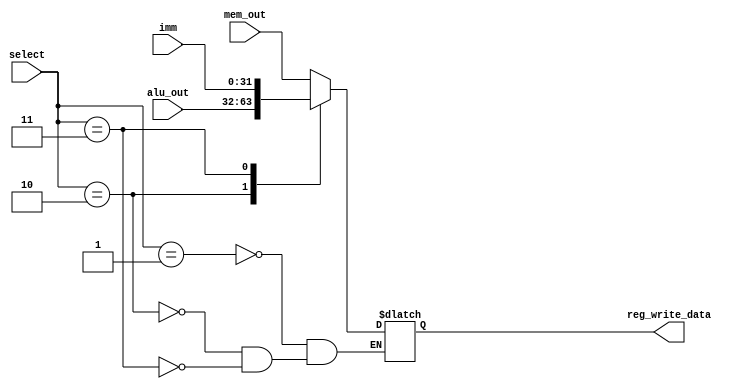
module write_back (select, mem_out, alu_out, imm, reg_write_data);
  input [1:0] select;
  input [31:0] mem_out, alu_out, imm;
  output [31:0] reg_write_data;
  reg [31:0] reg_write_data;

  always @ (select) begin
    case (select)
      2'b01: reg_write_data = mem_out;
      2'b10: reg_write_data = alu_out;
      2'b11: reg_write_data = imm;
      default: ;//nothing
    endcase
  end

endmodule